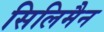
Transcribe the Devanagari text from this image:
सिलिमैन